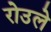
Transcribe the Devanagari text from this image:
रोउले